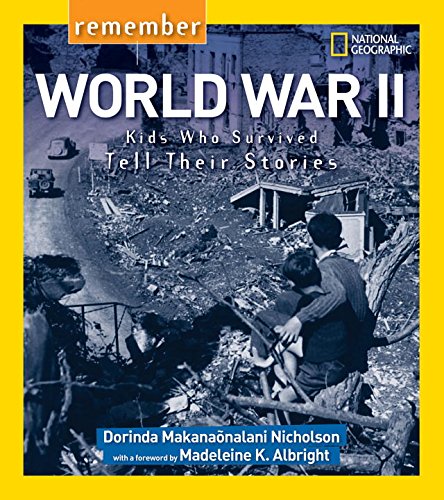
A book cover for Remember World War II: Kids Who Survived Tell Their Stories; Dorinda Nicholson; Children's Books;